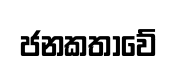
ජනකතාවේ